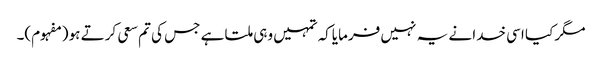
مگر کیا اسی خدا نے یہ نہیں فرمایاکہ تمہیں وہی ملتا ہے جس کی تم سعی کرتے ہو (مفہوم)۔